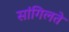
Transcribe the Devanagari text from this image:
सांगिलते